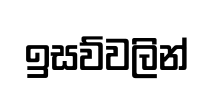
ඉසව්වලින්